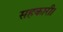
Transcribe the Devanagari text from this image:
सहकारी।